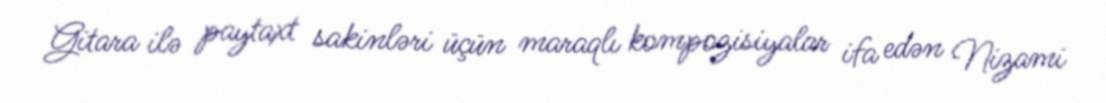
Gitara ilə paytaxt sakinləri üçün maraqlı kompozisiyalar ifa edən Nizami